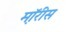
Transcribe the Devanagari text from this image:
म़ॉरीस